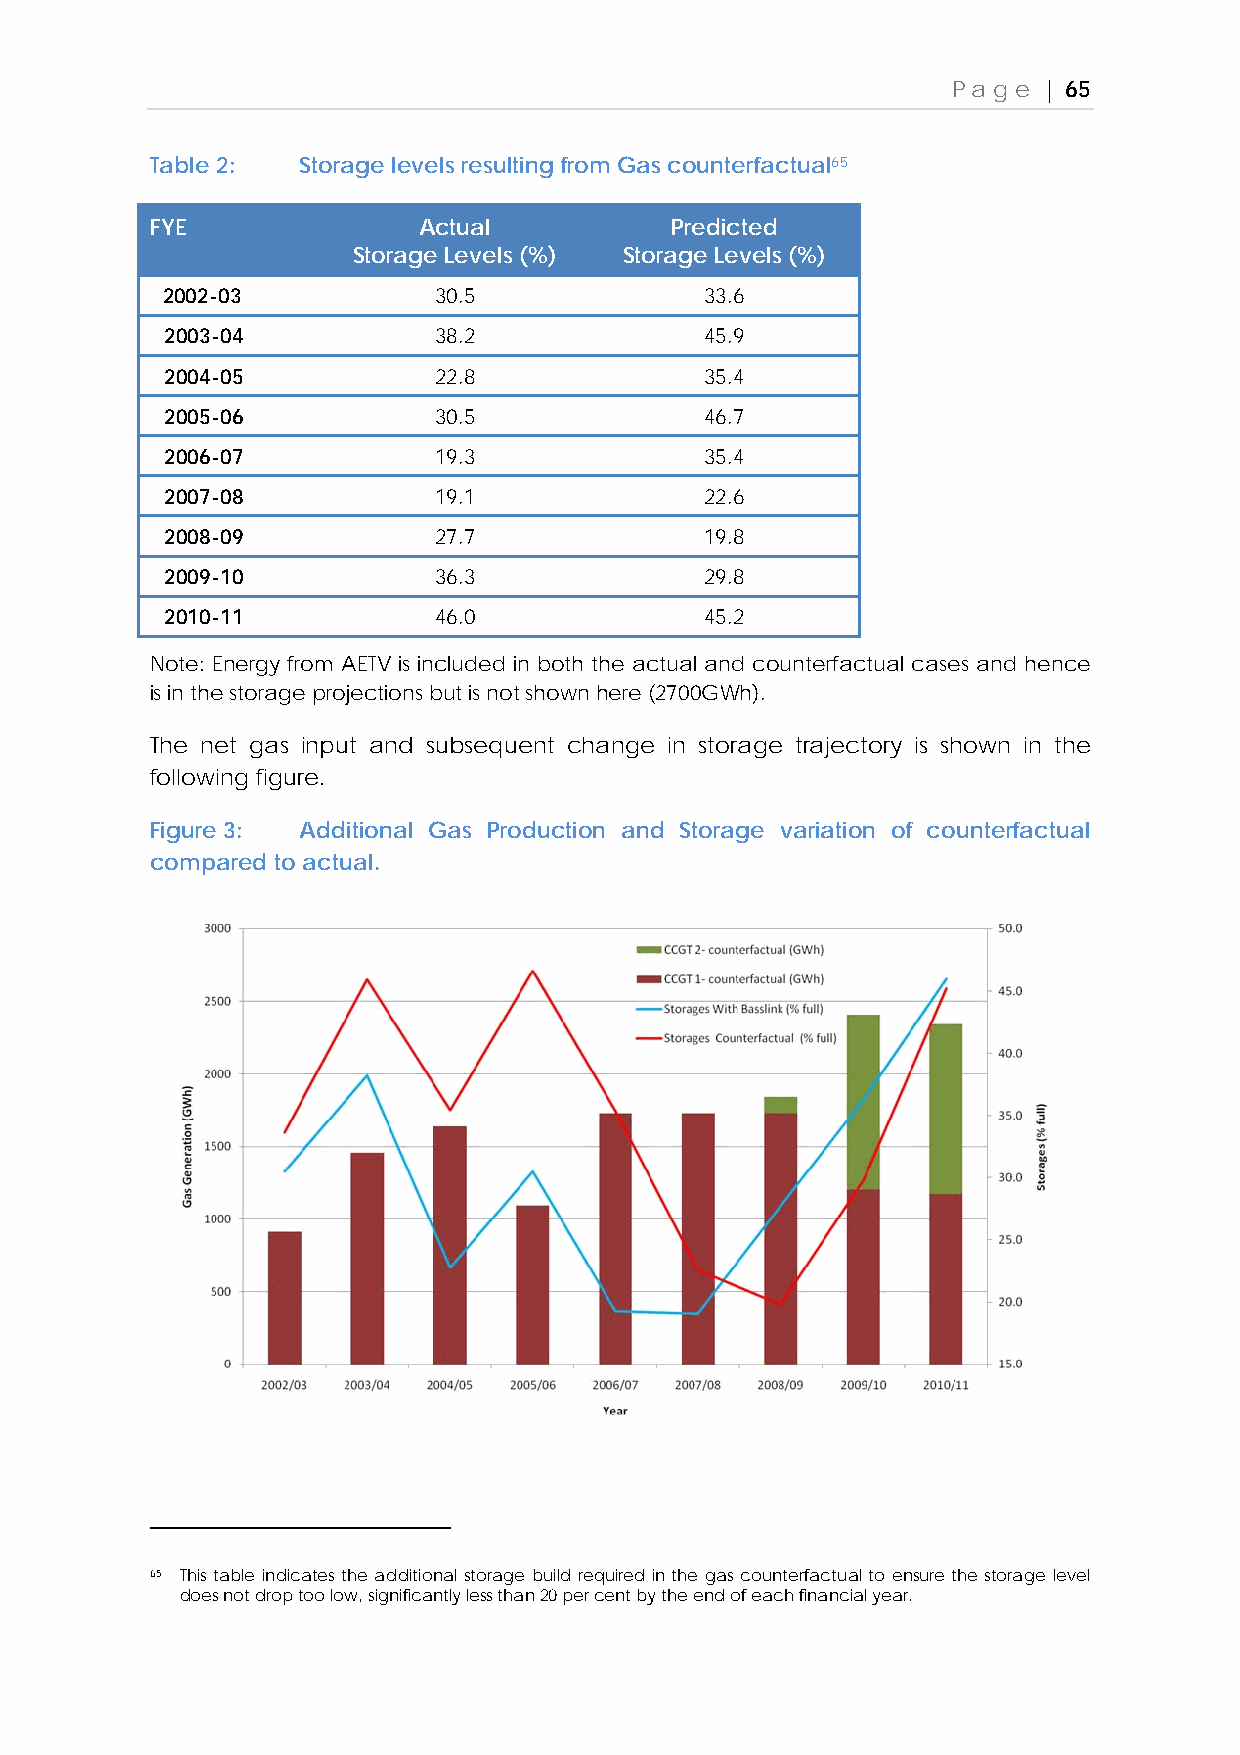
Page  | 65
 Table 2:  Storage levels resulting from Gas counterfactual65
 FYE               Actual          Predicted
 Storage Levels (%) Storage Levels (%)
 2002-03           30.5              33.6
 2003-04           38.2              45.9
 2004-05           22.8              35.4
 2005-06           30.5              46.7
 2006-07           19.3              35.4
 2007-08           19.1              22.6
 2008-09           27.7              19.8
 2009-10           36.3              29.8
 2010-11           46.0              45.2
 Note: Energy from AETV is included in both the actual and counterfactual cases and hence
 is in the storage projections but is not shown here (2700GWh).
 The net gas input and subsequent change in storage trajectory is shown in the
 following figure.
 Figure 3: Additional Gas Production and Storage variation of counterfactual
 compared to actual.
 65 This table indicates the additional storage build required in the gas counterfactual to ensure the storage level
 does not drop too low, significantly less than 20 per cent by the end of each financial year.